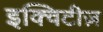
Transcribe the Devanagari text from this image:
इक्विटीज़